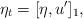
LaTeX: \begin{align*} \eta_{t}=[\eta,u']_{1},\end{align*}